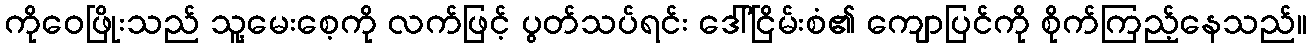
ကိုဝေဖြိုးသည် သူ့မေးစေ့ကို လက်ဖြင့် ပွတ်သပ်ရင်း ဒေါ်ငြိမ်းစံ၏ ကျောပြင်ကို စိုက်ကြည့်နေသည်။